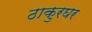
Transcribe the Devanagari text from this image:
ठाकुरघर